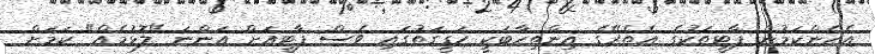
އެހެންކަމުން ޕާޓީތަކުގެ އެތެރޭގެ އިންތިހާބަކީ ހަގީގަތުގައި ވެސް ޕާޓީއަށް އަންނަ "ލޮޅުމެއް" ކަމަށް